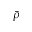
\bar { \rho }